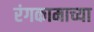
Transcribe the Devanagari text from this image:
रंगकामाच्या